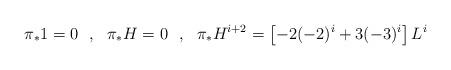
LaTeX: \begin{align*}\pi_* 1 = 0 ~~, ~~ \pi_* H = 0~~,~~\pi_* H^{i+2} =\left[ -2(-2)^i +3(-3)^i \right] L^i \end{align*}